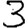
Digit: 3